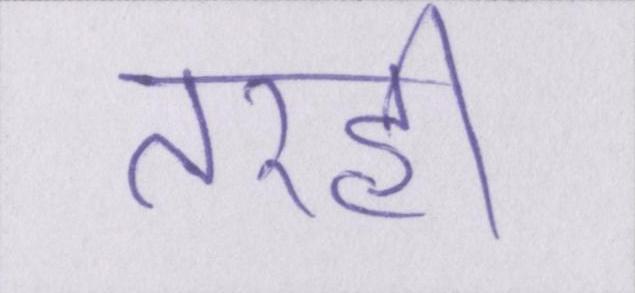
तरही